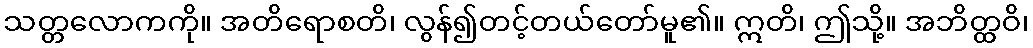
သတ္တလောကကို။ အတိရောစတိ၊ လွန်၍တင့်တယ်တော်မူ၏။ ဣတိ၊ ဤသို့။ အဘိတ္ထဝိ၊